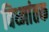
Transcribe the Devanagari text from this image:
विध्नांतक